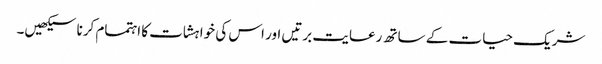
شریک حیات کے ساتھ رعایت برتیں اور اس کی خواہشات کا اہتمام کرنا سیکھیں۔